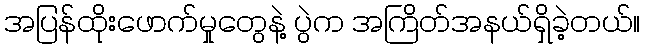
အပြန်ထိုးဖောက်မှုတွေနဲ့ ပွဲက အကြိတ်အနယ်ရှိခဲ့တယ်။